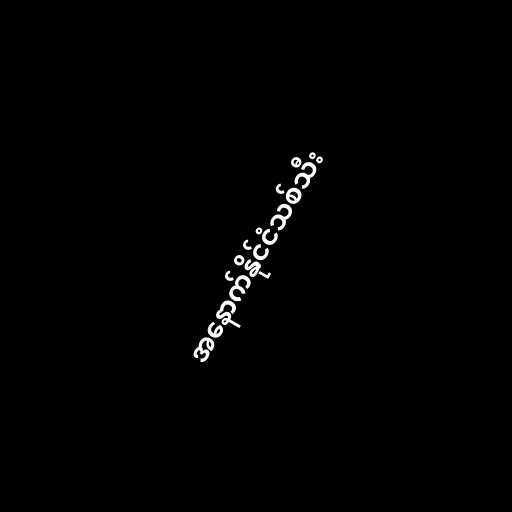
အနောက်နိုင်ငံသစ်သီး